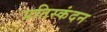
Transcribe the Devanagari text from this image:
प्रतिस्कंदन